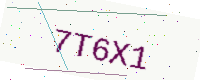
Text: 7T6X1